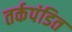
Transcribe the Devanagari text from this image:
तर्कपंडित